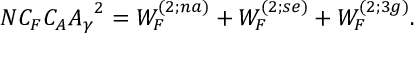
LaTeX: { \cal N } C _ { F } C _ { A } { \cal { A } _ { \gamma } } ^ { 2 } = { \cal W } _ { F } ^ { ( 2 ; n a ) } + { \cal W } _ { F } ^ { ( 2 ; s e ) } + { \cal W } _ { F } ^ { ( 2 ; 3 g ) } .